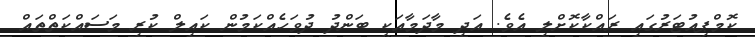
ކޮމްޕިއުޓަރުގައި ރައްކާކޮށްލި އެވެ. އަދި މާދަމާއަކީ ބަންދު ދުވަހެއްކަމުން ކައިލް ކުރި މަސައްކަތްތައް